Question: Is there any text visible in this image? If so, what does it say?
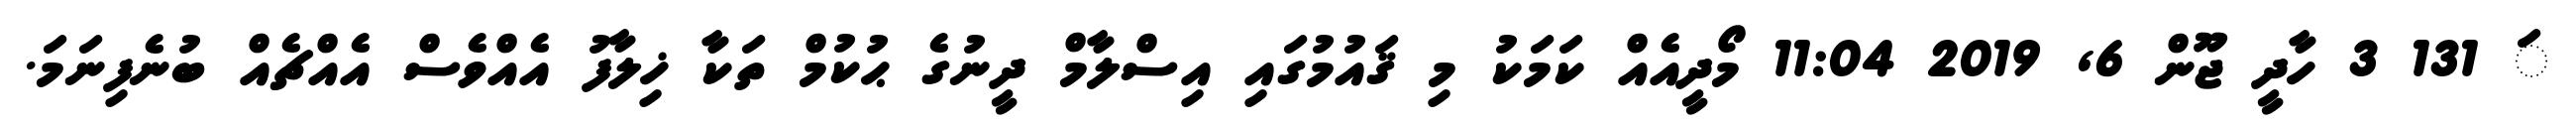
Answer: ަ 131 3 ހާދީ ޖޫން 6, 2019 11:04 މޯދީއެއް ކަމަކު މި ޤައުމުގައި އިސްލާމް ދީނުގެ ޙުކުމް ތަކާ ޚިލާފު އެއްވެސް އެއްޗެއް ބުނެފިނަމަ.